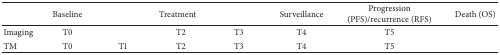
|  | Baseline | <COLSPAN=3> Treatment | Surveillance | Progression (PFS)/recurrence (RFS) | Death (OS) |
 | --- | --- | --- | --- | --- | --- | --- | --- |
 | Imaging | T0 |  | T2 | T3 | T4 | T5 |  |
 | TM | T0 | T1 | T2 | T3 | T4 | T5 |  |